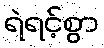
ရဲရင့်စွာ